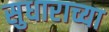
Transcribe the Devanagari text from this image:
सुधाराच्या